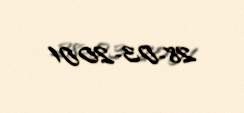
28-03-2001